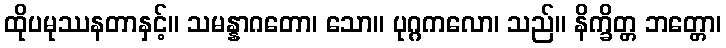
ထိုပမုဿနတာနှင့်။ သမန္နာဂတော၊ သော။ ပုဂ္ဂကလော၊ သည်။ နိက္ခိတ္တ ဘတ္တော၊